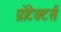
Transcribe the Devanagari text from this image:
प्रोटेक्टर्स